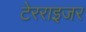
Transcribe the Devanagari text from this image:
टेरराइजर